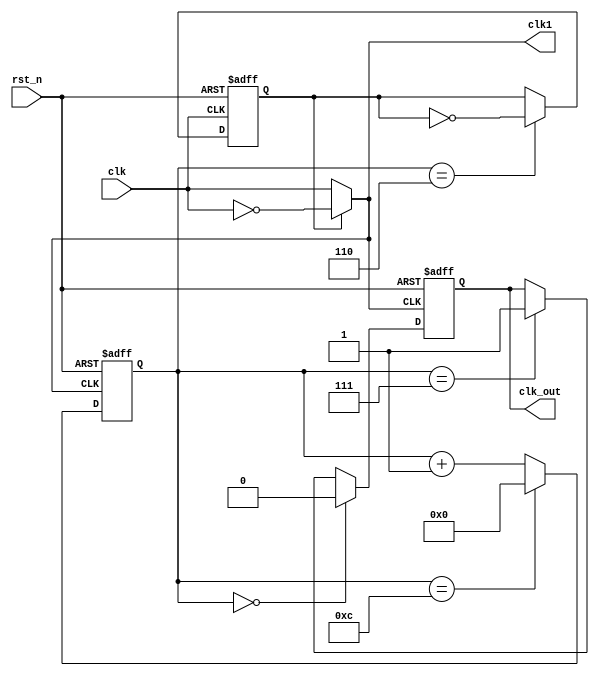
module div_half(
        output clk_out,
        output clk1,
        input clk,
        input rst_n);

    parameter N = 13; //以12.5分频为例，N=13

    wire clk1;
    reg clk_out;
    reg[4:0] cnt;
    reg flag = 1'b0;

    //系统时钟clk计数器
    always @(negedge clk or negedge rst_n)
        if(!rst_n)
            flag <= 1'b0;
        else if(cnt == 5'd6)
            flag <= ~flag;
    //在第五个时钟结束后立即将 clk1 状态翻转
    assign clk1 = (flag)? ~clk:clk;

    //时钟 clk1 计数器，模为N
    always @(posedge clk1 or negedge rst_n)
        if(!rst_n)
            cnt <= 5'b0;
        else if(cnt == 5'd12)
            cnt <= 5'b0;
        else
            cnt <= cnt + 1'b1;

    //前6.5个周期为低电平，后6个周期为高电平，
    //即为12.5分频
    always @(posedge clk1 or negedge rst_n)
        if(!rst_n)
            clk_out <= 1'b0;
        else if(cnt == 5'd0)
            clk_out <= 1'b0;
        else if(cnt == 5'd7)
            clk_out <= 1'b1;
        else
            clk_out <= clk_out;
endmodule